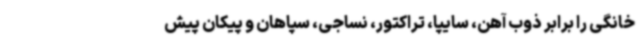
خانگی را برابر ذوب ‌آهن، سایپا، تراکتور، نساجی، سپاهان و پیکان پیش